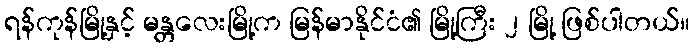
ရန်ကုန်မြို့နှင့် မန္တလေးမြို့က မြန်မာနိုင်ငံ၏ မြို့ကြီး ၂ မြို့ ဖြစ်ပါတယ်။